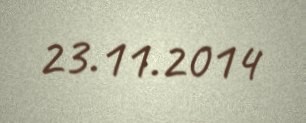
23.11.2014